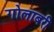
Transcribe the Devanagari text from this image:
गोलाबरी